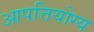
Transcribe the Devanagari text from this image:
आपत्तियोग्य